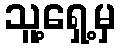
သူ့ရှေ့မှ